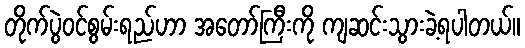
တိုက်ပွဲဝင်စွမ်းရည်ဟာ အတော်ကြီးကို ကျဆင်းသွားခဲ့ရပါတယ်။